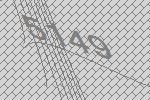
5149